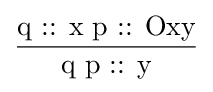
{\dfrac {\text{q :: x   p :: Oxy}}{\text{q p :: y}}}